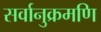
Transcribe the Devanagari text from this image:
सर्वानुक्रमणि